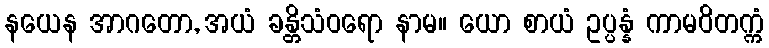
နယေန အာဂတော, အယံ ခန္တိသံဝရော နာမ။ ယော စာယံ ဥပ္ပန္နံ ကာမဝိတက္ကံ